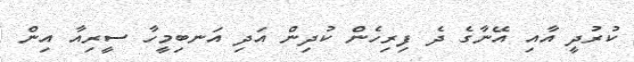
ކުރުދީ އާއި އޭނާގެ ދެ ފިރިހެން ކުދިން އަދި އަނބިމީހާ ސީރިއާ އިން